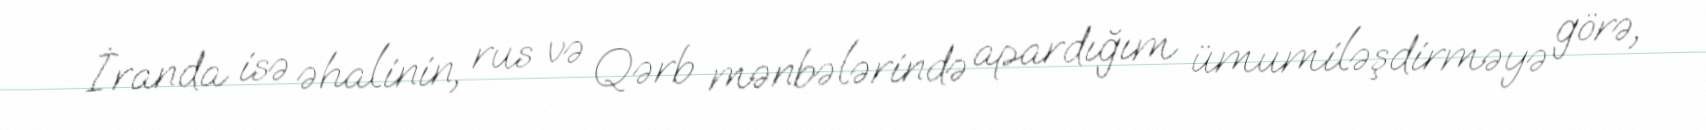
İranda isə əhalinin, rus və Qərb mənbələrində apardığım ümumiləşdirməyə görə,